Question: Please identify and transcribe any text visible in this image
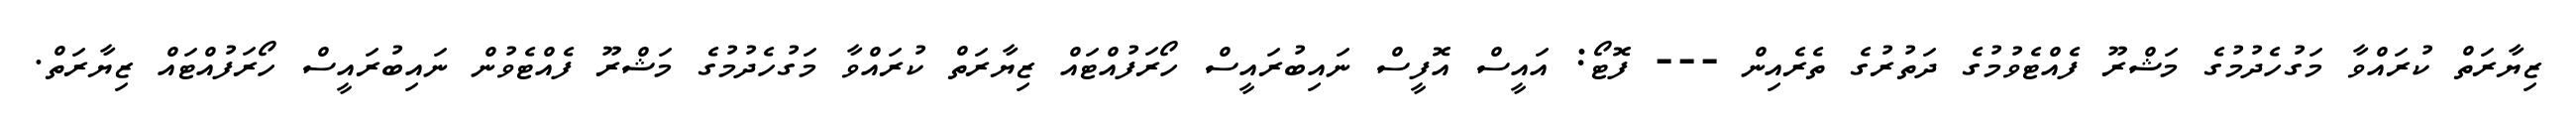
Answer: ޒިޔާރަތް ކުރައްވާ މަގުހެދުމުގެ މަޝްރޫ ފެއްޓެވުމުގެ ދަތުރުގެ ތެރެއިން --- ފޮޓޯ: އައީސް އޮފީސް ނައިބުރައީސް ހޯރަފުއްޓައް ޒިޔާރަތް ކުރައްވާ މަގުހެދުމުގެ މަޝްރޫ ފެއްޓެވުން ނައިބުރައީސް ހޯރަފުއްޓައް ޒިޔާރަތް.